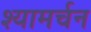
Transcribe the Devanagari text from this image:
श्यामर्चन